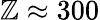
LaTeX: \mathbb{Z}\approx300